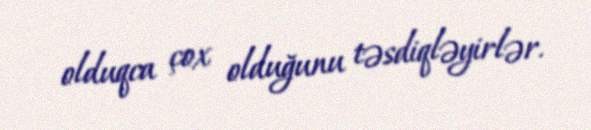
olduqca çox olduğunu təsdiqləyirlər.